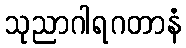
သုညာဂါရဂတာနံ